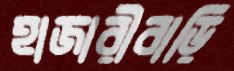
হাজারীবাড়ি